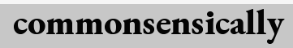
commonsensically